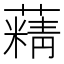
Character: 𦾿